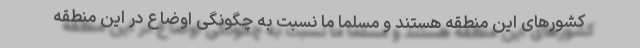
کشورهای این منطقه هستند و مسلما ما نسبت به چگونگی اوضاع در این منطقه